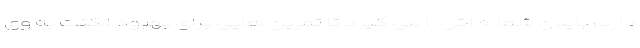
دارد، بایدن شماره اش را می گیرد تا تمرین هایی برای بهبود لکنت به وی